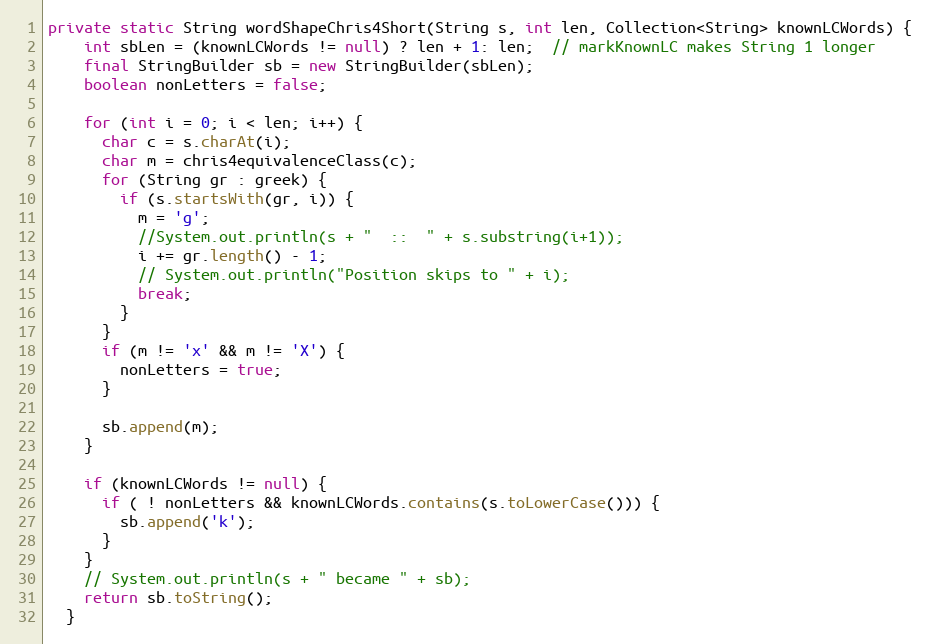
Language: Java
private static String wordShapeChris4Short(String s, int len, Collection<String> knownLCWords) {
    int sbLen = (knownLCWords != null) ? len + 1: len;  // markKnownLC makes String 1 longer
    final StringBuilder sb = new StringBuilder(sbLen);
    boolean nonLetters = false;

    for (int i = 0; i < len; i++) {
      char c = s.charAt(i);
      char m = chris4equivalenceClass(c);
      for (String gr : greek) {
        if (s.startsWith(gr, i)) {
          m = 'g';
          //System.out.println(s + "  ::  " + s.substring(i+1));
          i += gr.length() - 1;
          // System.out.println("Position skips to " + i);
          break;
        }
      }
      if (m != 'x' && m != 'X') {
        nonLetters = true;
      }

      sb.append(m);
    }

    if (knownLCWords != null) {
      if ( ! nonLetters && knownLCWords.contains(s.toLowerCase())) {
        sb.append('k');
      }
    }
    // System.out.println(s + " became " + sb);
    return sb.toString();
  }